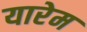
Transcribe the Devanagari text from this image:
यारेम